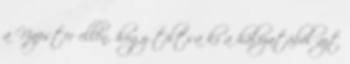
a Napster ellen, hogy tiltsa ki a hálózatából azt